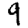
Digit: 9